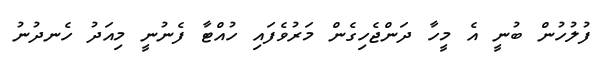
ފުލުހުން ބުނީ އެ މީހާ ދަންޖެހިގެން މަރުވެފައި ހުއްޓާ ފެނުނީ މިއަދު ހެނދުނު